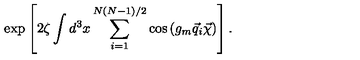
\exp \left[ 2 \zeta \int d ^ { 3 } x \sum _ { i = 1 } ^ { N ( N - 1 ) / 2 } \cos \left( g _ { m } \vec { q } _ { i } \vec { \chi } \right) \right] .